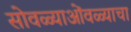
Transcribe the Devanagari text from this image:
सोवळ्याओंवळ्याचा